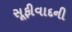
સૂફીવાદની